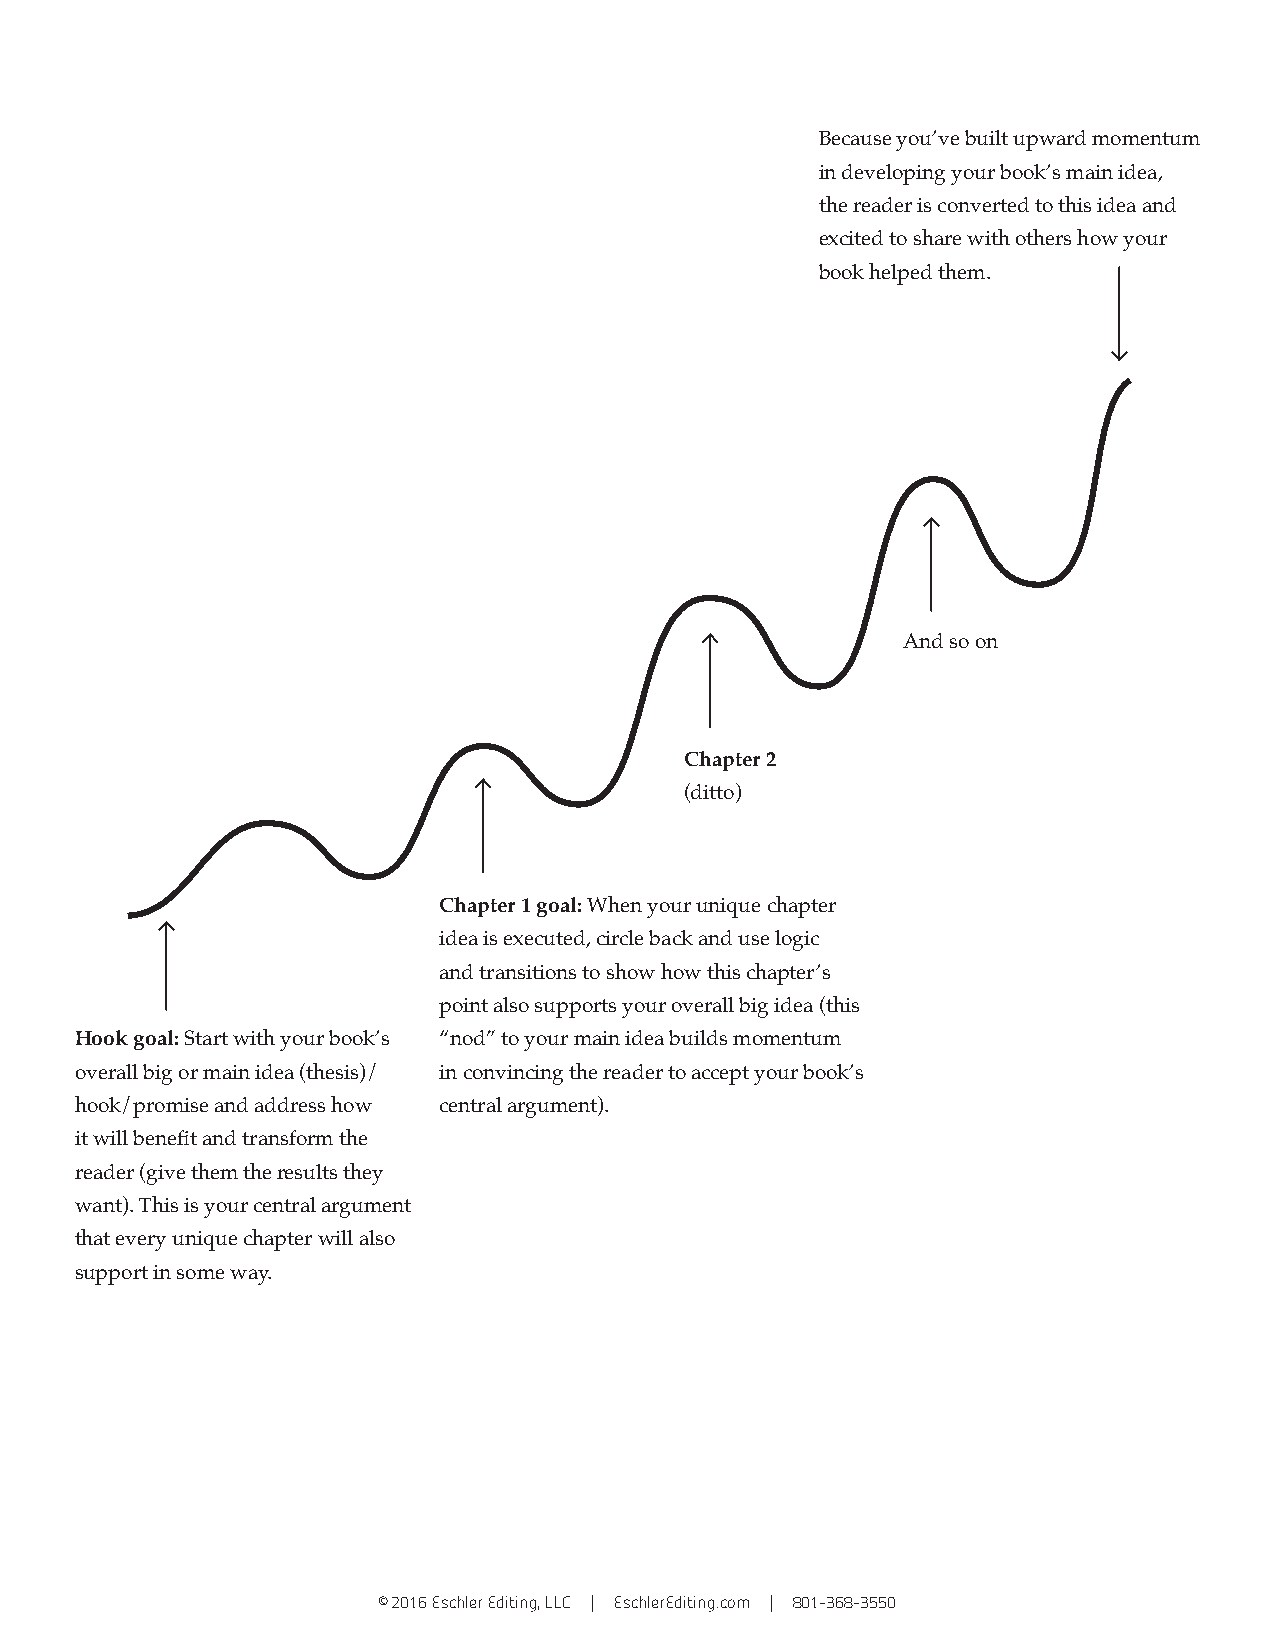
Because you’ve built upward momentum
 in developing your book’s main idea,
 the reader is converted to this idea and
 excited to share with others how your
 book helped them.
 And so on
 Chapter 2
 (ditto)
 Chapter 1 goal: When your unique chapter
 idea is executed, circle back and use logic
 and transitions to show how this chapter’s
 point also supports your overall big idea (this
 Hook goal: Start with your book’s “nod” to your main idea builds momentum
 overall big or main idea (thesis)/ in convincing the reader to accept your book’s
 hook/promise and address how central argument).
 it will benefit and transform the
 reader (give them the results they
 want). This is your central argument
 that every unique chapter will also
 support in some way.
 © 2016 Eschler Editing, LLC | EschlerEditing.com | 801-368-3550